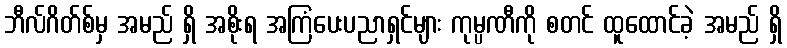
ဘီလ်ဂိတ်စ်မှ အမည် ရှိ အစိုးရ အကြံပေးပညာရှင်များ ကုမ္ပဏီကို စတင် ထူထောင်ခဲ့ အမည် ရှိ